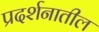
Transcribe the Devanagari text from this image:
प्रदर्शनातील